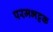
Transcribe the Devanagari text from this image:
परमभट्टक